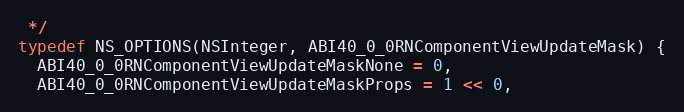
Language: C
 */
typedef NS_OPTIONS(NSInteger, ABI40_0_0RNComponentViewUpdateMask) {
  ABI40_0_0RNComponentViewUpdateMaskNone = 0,
  ABI40_0_0RNComponentViewUpdateMaskProps = 1 << 0,